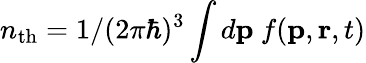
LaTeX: n_{\mathrm{th}}=1/(2\pi\hbar)^{3}\int d\mathbf{p}~f(\mathbf{p},\mathbf{r},t)